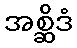
အစ္ဆိဒံ